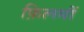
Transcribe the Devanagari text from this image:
फ़िलमीं